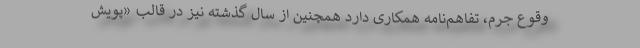
وقوع جرم، تفاهم‌نامه همکاری دارد همچنین از سال گذشته نیز در قالب «پویش